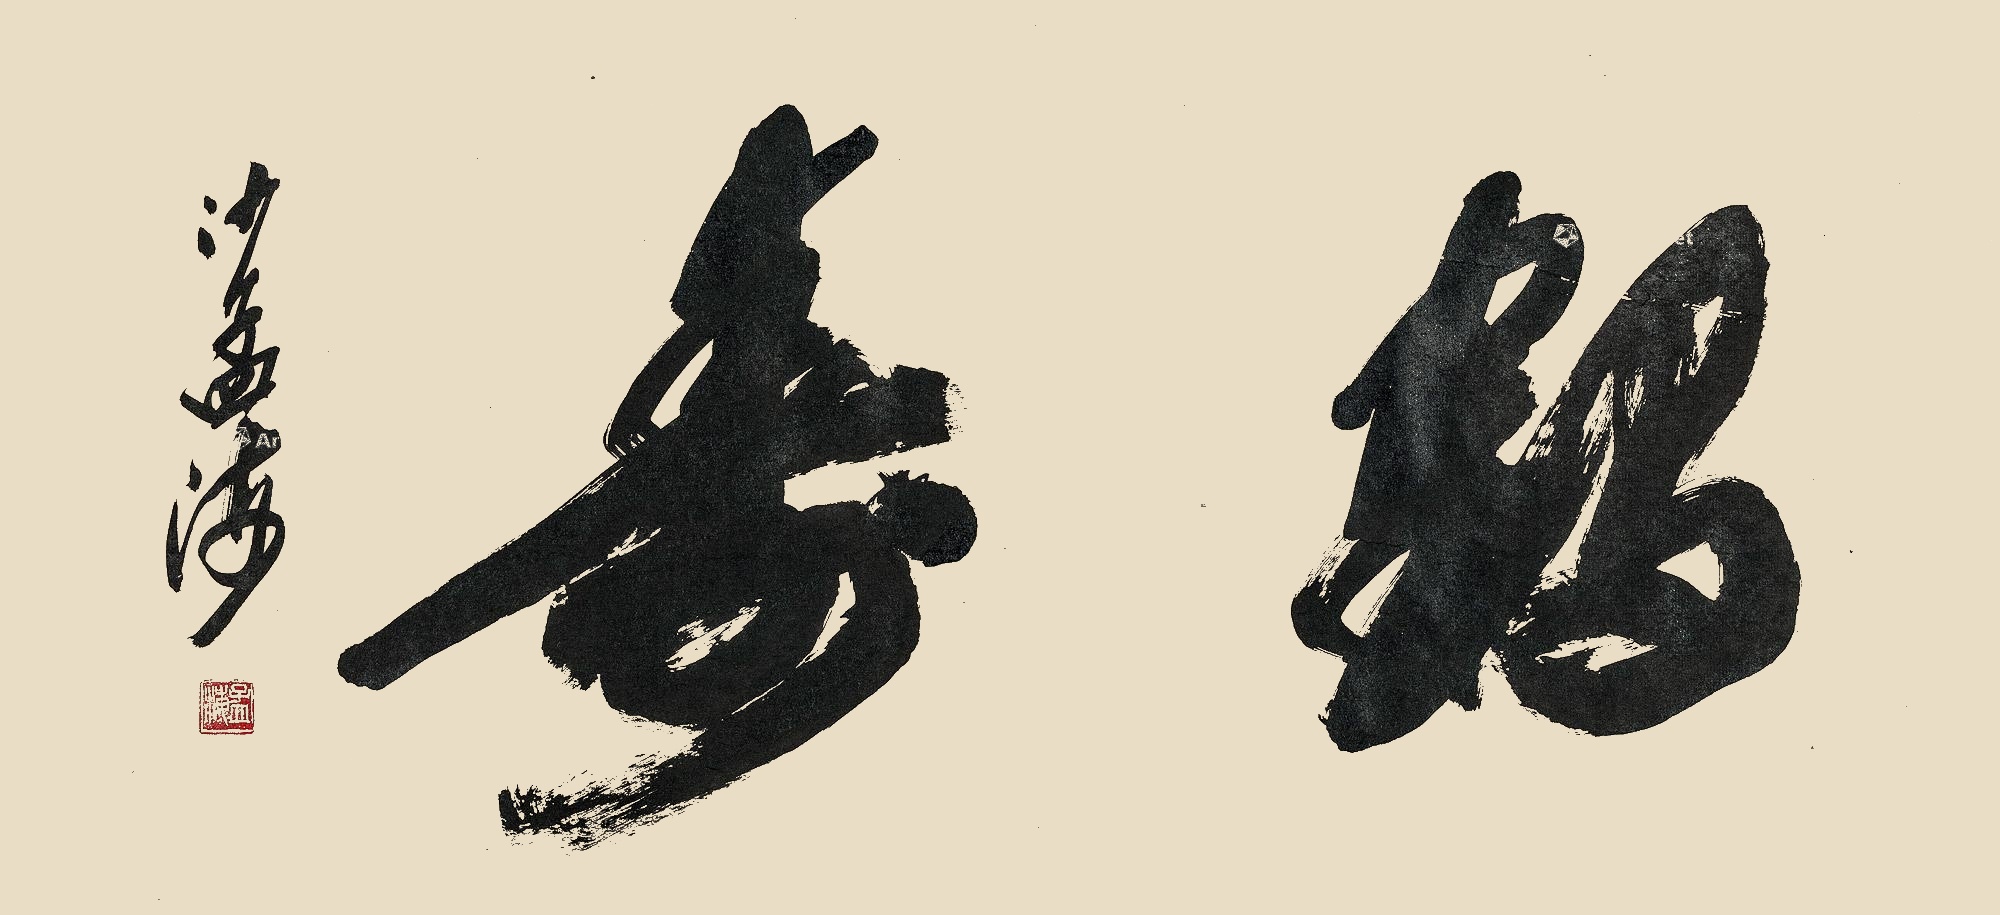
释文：鹤寿沙孟海